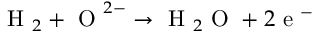
\mathrm { ~ H ~ } _ { 2 } + \mathrm { ~ O ~ } ^ { 2 - } \rightarrow \mathrm { ~ H ~ } _ { 2 } \mathrm { ~ O ~ } + 2 \mathrm { ~ e ~ } ^ { - }